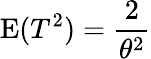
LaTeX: \operatorname{E}(T^{2})={\frac{2}{\theta^{2}}}